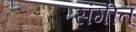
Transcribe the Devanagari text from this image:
संगीत्